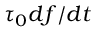
\tau _ { 0 } d f / d t